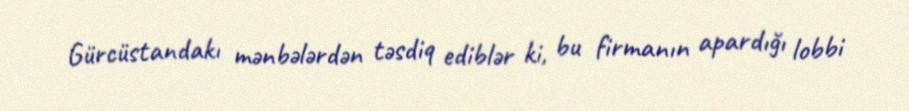
Gürcüstandakı mənbələrdən təsdiq ediblər ki, bu firmanın apardığı lobbi